Annual report of the Imperial Bacteriologist
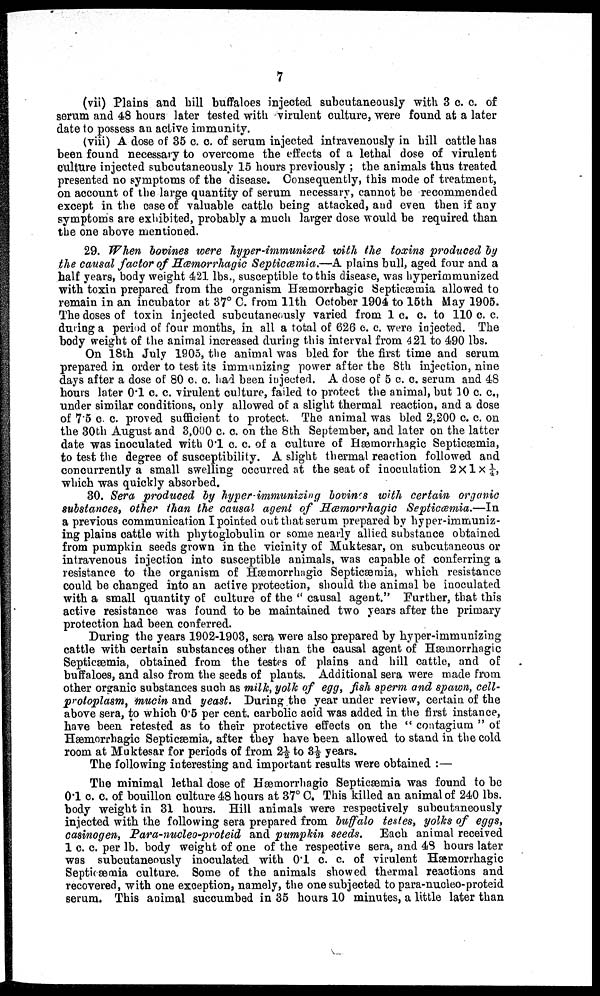
7
(vii) Plains and hill buffaloes injected subcutaneously with 3 c. c. of
serum and 48 hours later tested with virulent culture, were found at a later
date to possess an active immunity.
(viii) A dose of 35 c. c. of serum injected intravenously in hill cattle has
been found necessary to overcome the effects of a lethal dose of virulent
culture injected subcutaneously 15 hours previously ; the animals thus treated
presented no symptoms of the disease. Consequently, this mode of treatment,
on account of the large quantity of serum necessary, cannot be recommended
except in the case of valuable cattle being attacked, and even then if any
symptoms are exhibited, probably a much larger dose would be required than
the one above mentioned.
29. When bovines were hyper-immunized with the toxins produced by
the causal factor of Hæmorrhagic Septiæmia.—A plains bull, aged four and a
half years, body weight 421 lbs., susceptible to this disease, was hyperimmunized
with toxin prepared from the organism Hæmorrhagic Septicæmia allowed to
remain in an incubator at 37° C. from 11th October 1904 to 15th May 1905.
The doses of toxin injected subcutaneously varied from 1 c. c. to 110 c. c.
during a period of four months, in all a total of 626 c. c. were injected. The
body weight of the animal increased during this interval from 421 to 490 lbs.
On 18th July 1905, the animal was bled for the first time and serum
prepared in order to test its immunizing power after the 8th injection, nine
days after a dose of 80 c. c. had been injected. A dose of 5 c. c. serum and 48
hours later 0.1 c. c. virulent culture, failed to protect the animal, but 10 c. c.,
under similar conditions, only allowed of a slight thermal reaction, and a dose
of 7.5 c. c. proved sufficient to protect. The animal was bled 2,200 c. c. on
the 30th August and 3,000 c. c. on the 8th September, and later on the latter
date was inoculated with 0.1 c. c. of a culture of Hæmorrhagic Septicæmia,
to test the degree of susceptibility. A slight thermal reaction followed and
concurrently a small swelling occurred at the seat of inoculation 2 ×1 × ¼,
which was quickly absorbed.
30. Sera produced by hyper-immunizing bovines with certain organic
substances, other than the causal agent of Hæmorrhagic Septicæmia.—In
a previous communication I pointed out that serum prepared by hyper-immuniz-
ing plains cattle with phytoglobulin or some nearly allied substance obtained
from pumpkin seeds grown in the vicinity of Muktesar, on subcutaneous or
intravenous injection into susceptible animals, was capable of conferring a
resistance to the organism of Hæmorrhagic Septicæmia, which resistance
could be changed into an active protection, should the animal be inoculated
with a small quantity of culture of the " causal agent." Further, that this
active resistance was found to be maintained two years after the primary
protection had been conferred.
During the years 1902-1903, sera were also prepared by hyper-immunizing
cattle with certain substances other than the causal agent of Hæmorrhagic
Septicæmia, obtained from the testes of plains and hill cattle, and of
buffaloes, and also from the seeds of plants. Additional sera were made from
other organic substances such as milk, yolk of egg, fish sperm and spawn, cell-
protoplasm, mucin and yeast. During the year under review, certain of the
above sera, to which 0.5 per cent. carbolic acid was added in the first instance,
have been retested as to their protective effects on the " contagium " of
Hæmorrhagic Septicæmia, after they have been allowed to stand in the cold
room at Muktesar for periods of from 2½ to 3½ years.
The following interesting and important results were obtained :—
The minimal lethal dose of Hæmorrhagic Septicæmia was found to be
0.1 c. c. of bouillon culture 48 hours at 37° C. This killed an animal of 240 lbs.
body weight in 31 hours. Hill animals were respectively subcutaneously
injected with the following sera prepared from buffalo testes, yolks of eggs,
casinogen, Para-nucleo-proteid and pumpkin seeds. Each animal received
1 c. c. per lb. body weight of one of the respective sera, and 48 hours later
was subcutaneously inoculated with 0.1 c. c. of virulent Hæmorrhagic
Septicæmia culture. Some of the animals showed thermal reactions and
recovered, with one exception, namely, the one subjected to para-nucleo-proteid
serum. This animal succumbed in 35 hours 10 minutes, a little later than